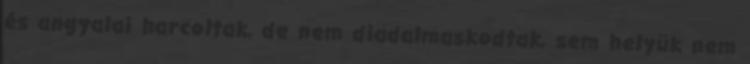
és angyalai harcoltak, de nem diadalmaskodtak, sem helyük nem